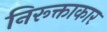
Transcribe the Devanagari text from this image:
निरूक्ताकार